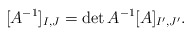
\begin{align*}[A^{-1}]_{I,J} = \det A^{-1}[A]_{I',J'}.\end{align*}